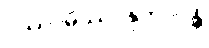
ပဿာမိဿာနုဘာဝန္တိ